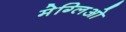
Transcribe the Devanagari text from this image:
मेग्लिओ